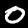
Digit: 0